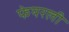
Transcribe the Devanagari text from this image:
फेयरली